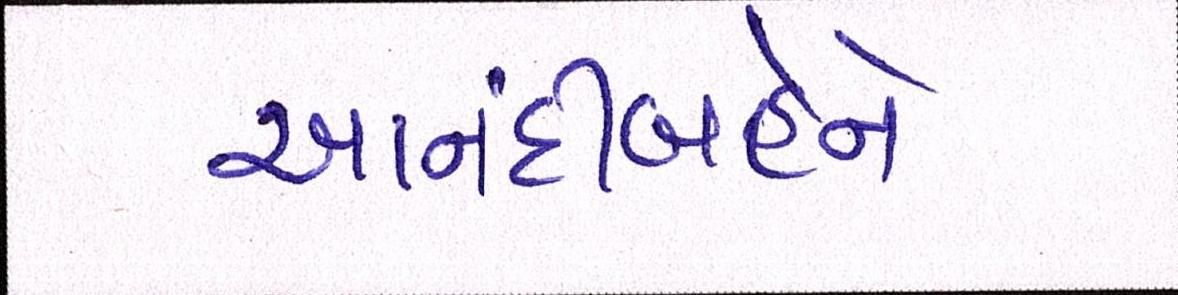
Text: આનંદીબહેને